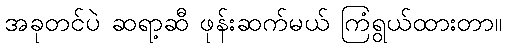
အခုတင်ပဲ ဆရာ့ဆီ ဖုန်းဆက်မယ် ကြံရွယ်ထားတာ။